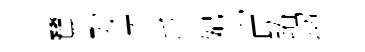
鷺歿恩爪妃甯蹖刧